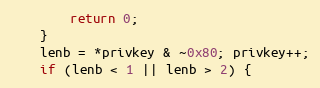
Language: C
        return 0;
    }
    lenb = *privkey & ~0x80; privkey++;
    if (lenb < 1 || lenb > 2) {